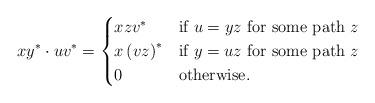
LaTeX: \begin{align*}xy^{*} \cdot uv^{*} =\begin{cases} xzv^{*} & \mbox{if $u=yz$ for some path $z$}\\ x \left( vz \right)^{*} & \mbox{if $y=uz$ for some path $z$}\\ 0 & \mbox{otherwise.}\\\end{cases}\end{align*}